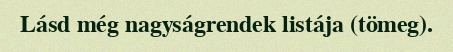
Lásd még nagyságrendek listája (tömeg).